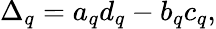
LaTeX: \Delta_{q}=a_{q}d_{q}-b_{q}c_{q},